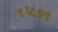
૧૫૭૧